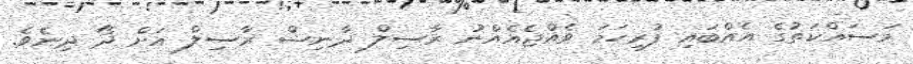
މަސައްކަތުގެ އެއްބައި ފުރިހަމަ ވެއްޖެއެއްނު ރާސިލް ދާނިޝް ރާސިލް އަށް ދޯ ދިނެވެ.